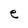
Character: e